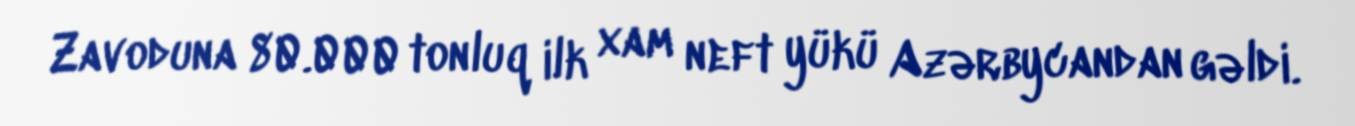
Zavoduna 80.000 tonluq ilk xam neft yükü Azərbycandan gəldi.